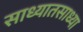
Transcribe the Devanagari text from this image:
साध्यातसाध्या